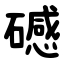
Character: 䃭